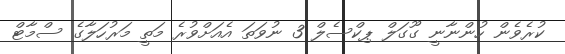
ކުރެވެން ހުންނާނީ ގޫގަލް ޕިކްސެލް 3 ނުވަތަ އެއަށްވުރެ މަތީ މަރުހަލާގެ ސްމާޓް